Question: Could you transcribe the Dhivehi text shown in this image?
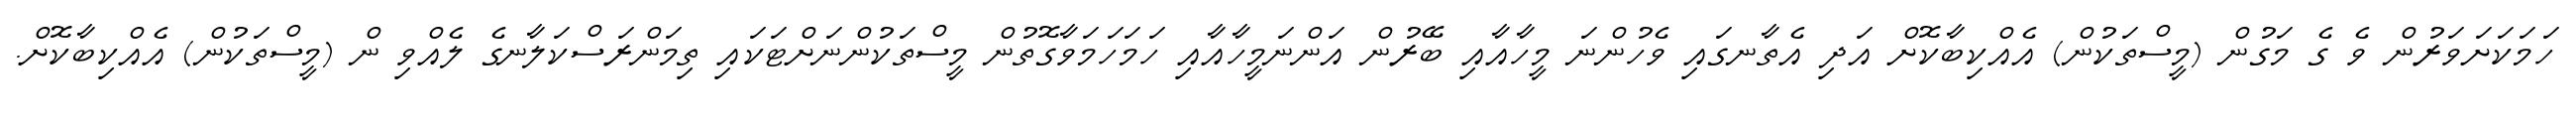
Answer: ހަމަކަށަވަރުން ވެ ގެ މަގުން (މީސްތަކުން) އެއްކިބާކޮށް އަދި އެތާނގައި ވެހުންނަ މީހާއާއި ބޭރުން އަންނަމީހާއާއި ހަމަހަމަވާގޮތުން މީސްތަކުންނަށްޓަކައި ތިމަންރަސްކަލާނގެ ލެއްވި ން (މީސްތަކުން) އެއްކިބާކޮށް.